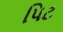
પિટ